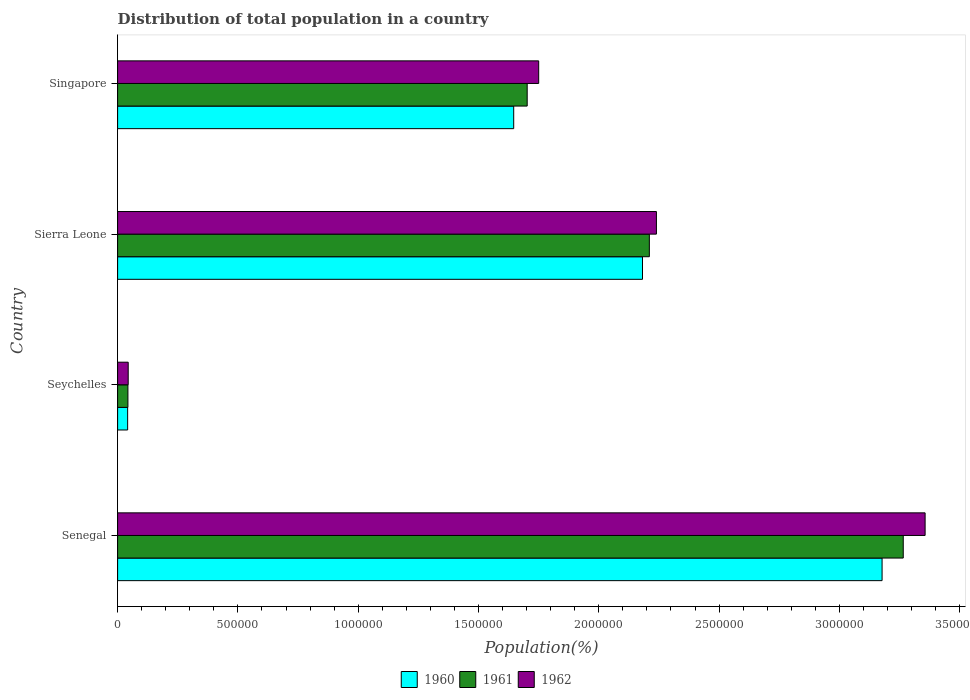
| Country | 1960 | 1961 | 1962 |
 | --- | --- | --- | --- |
 | Senegal | 3.18e+06 | 3.27e+06 | 3.36e+06 |
 | Seychelles | 4.17e+04 | 4.29e+04 | 4.4e+04 |
 | Sierra Leone | 2.18e+06 | 2.21e+06 | 2.24e+06 |
 | Singapore | 1.65e+06 | 1.7e+06 | 1.75e+06 |